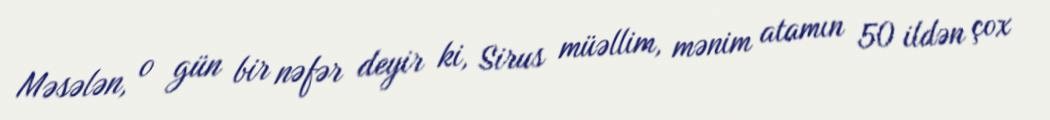
Məsələn, o gün bir nəfər deyir ki, Sirus müəllim, mənim atamın 50 ildən çox